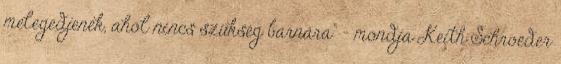
melegedjenek, ahol nincs szükség barnára" - mondja Keith Schroeder